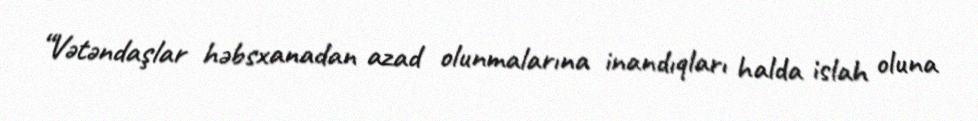
“Vətəndaşlar həbsxanadan azad olunmalarına inandıqları halda islah oluna